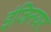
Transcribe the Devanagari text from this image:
इंजिनयर